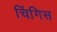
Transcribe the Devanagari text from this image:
चिंगिस